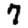
Digit: 7